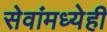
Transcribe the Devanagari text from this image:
सेवांमध्येही